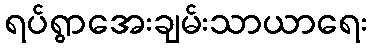
ရပ်ရွာအေးချမ်းသာယာရေး